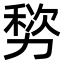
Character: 𫦷